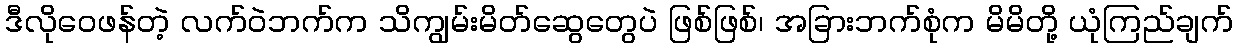
ဒီလိုဝေဖန်တဲ့ လက်ဝဲဘက်က သိကျွမ်းမိတ်ဆွေတွေပဲ ဖြစ်ဖြစ်၊ အခြားဘက်စုံက မိမိတို့ ယုံကြည်ချက်